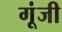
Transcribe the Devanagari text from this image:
गूंजी